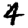
Digit: 4